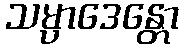
သမ္ပာဒေန္တော